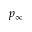
p _ { \infty }